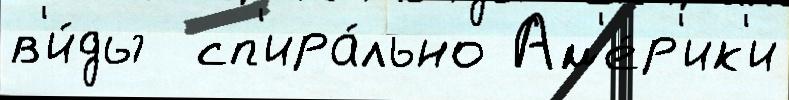
в'и́ды  сп'ира́льно Ам'е́р'ик'и